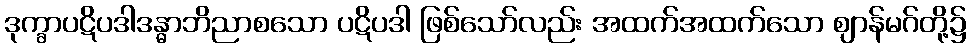
ဒုက္ခာပဋိပဒါဒန္ဓာဘိညာစသော ပဋိပဒါ ဖြစ်သော်လည်း အထက်အထက်သော ဈာန်မဂ်တို့၌